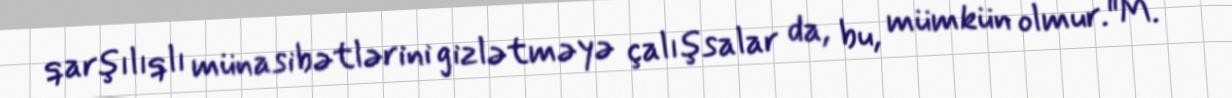
qarşılıqlı münasibətlərini gizlətməyə çalışsalar da, bu, mümkün olmur."M.